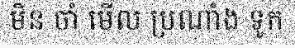
មិន ចាំ មើល ប្រណាំង ទូក